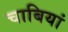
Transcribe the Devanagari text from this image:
चाबियां